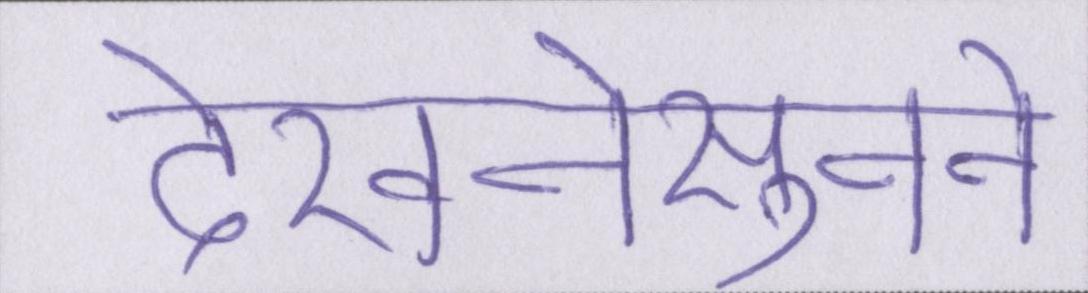
देखनेसुनने